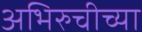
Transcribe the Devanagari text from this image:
अभिरुचीच्या